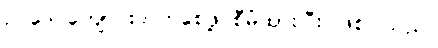
ဥပဒေ ကျောင်းတက်စေဖို့ စီမံထားပြီး ဖြစ်ပါသည်။